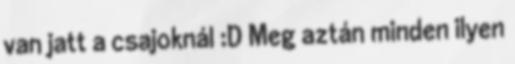
van jatt a csajoknál :D Meg aztán minden ilyen